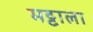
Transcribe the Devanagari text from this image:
मट्टाला